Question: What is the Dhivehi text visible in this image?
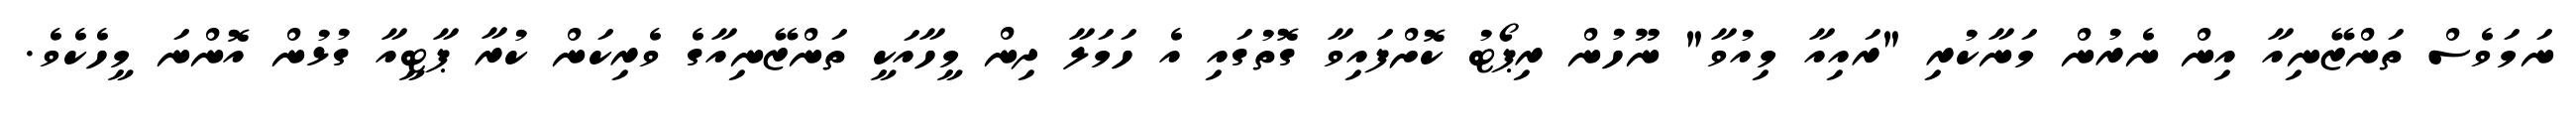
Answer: ނަމަވެސް ތަންޒޭނިއާ އިން ނެރުން މަނާކުރި "ރައިއާ މިއުވާ" ނޫހުން ރިޕޯޓު ކޮށްފައިވާ ގޮތުގައި އެ ހަމަލާ ދިން މީހާއަކީ ތަންޒޭނިއާގެ ވެރިކަން ކުރާ ޕާޓީއާ ގުޅުން އޮންނަ މީހެކެވެ.